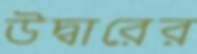
উদ্বারের